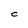
Character: c